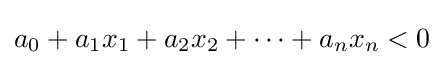
a_{0}+a_{1}x_{1}+a_{2}x_{2}+\cdots +a_{n}x_{n}<0